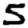
Digit: 5